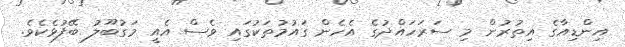
އިންޑިއާގެ އިތުރުން މި ސަރަހައްދުގެ އެހެން ގައުމުތަކުގައި ވެސް އެއީ މަގުބޫލު ބޭފުޅެކެވެ.